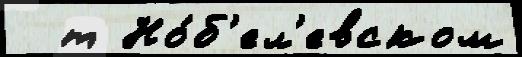
  т Но́б'ел'евском